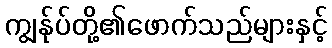
ကျွန်ုပ်တို့၏ဖောက်သည်များနှင့်